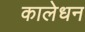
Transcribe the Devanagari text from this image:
कालेधन